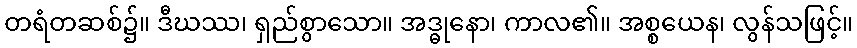
တရံတဆစ်၌။ ဒီဃဿ၊ ရှည်စွာသော။ အဒ္ဓုနော၊ ကာလ၏။ အစ္စယေန၊ လွန်သဖြင့်။